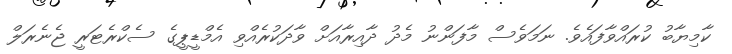
ކާމިޔާބު ކުރައްވާފައެވެ. ނަމަވެސް މާފަންނު މެދު ދާއިރާއަށް ވާދަކުރެއްވި އެމްޑީޕީގެ ސެކްރެޓަރީ ޖެނެރަލް